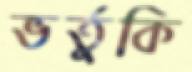
ভর্তুকি